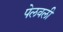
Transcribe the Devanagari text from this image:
पेलवली